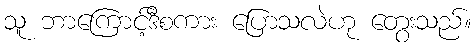
သူ ဘာကြောင့်ဒီစကား ပြောသလဲဟု တွေးသည်။